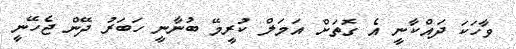
ވާހަކަ ދައްކާނީ އެ ގޮތަށް އަމަލް ކުރީމޭ ބުނާނީ ހަބަރު ދޭން ޖެހޭނީ